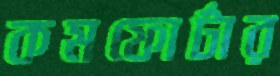
কমফোর্টার